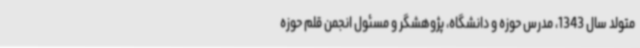
متولد سال 1343، مدرس حوزه و دانشگاه، پژوهشگر و مسئول انجمن قلم حوزه